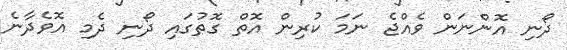
ދޯނި އޮންނަން ވެއްޖެ ނަމަ ކުރިން އޮތް ގޮތުގައި ދޯނި ދެމި އޮވެދާނެ